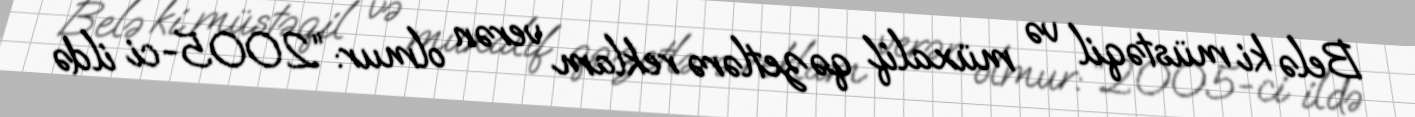
Belə ki müstəqil və müxalif qəzetlərə reklam verən olmur: “2005-ci ildə